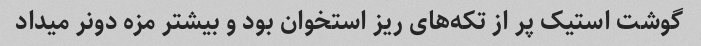
گوشت استیک پر از تکه‌های ریز استخوان بود و بیشتر مزه دونر میداد